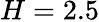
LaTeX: H=2.5